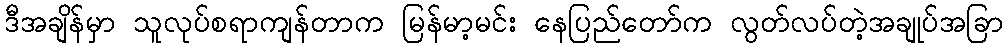
ဒီအချိန်မှာ သူလုပ်စရာကျန်တာက မြန်မာ့မင်း နေပြည်တော်က လွတ်လပ်တဲ့အချုပ်အခြာ